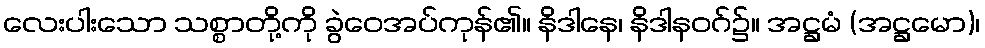
လေးပါးသော သစ္စာတို့ကို ခွဲဝေအပ်ကုန်၏။ နိဒါနေ၊ နိဒါနဝဂ်၌။ အဋ္ဌမံ (အဋ္ဌမော)၊